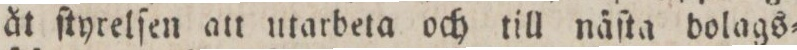
åt ſtyrelſen att utarbeta och till näſta bolags=